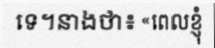
ទេ។នាងថា៖ «ពេលខ្ញុំ